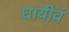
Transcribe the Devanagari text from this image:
घायीवं